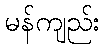
မန်ကျည်း